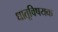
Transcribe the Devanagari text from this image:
धातूविषयक